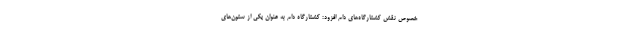
خصوص نقش کشتارگاه‌های دام افزود: کشتارگاه دام به عنوان یکی از ستون‌های